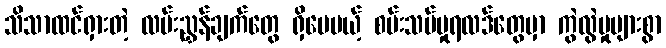
သိသာထင်ရှားတဲ့ လမ်းညွှန်ချက်တွေ ရှိပေမယ့် စမ်းသပ်မှုရလဒ်တွေမှာ ကွဲလွဲမှုများစွာ